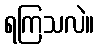
ရကြသလဲ။